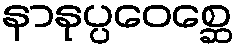
နာနုပ္ပဝေစ္ဆေ